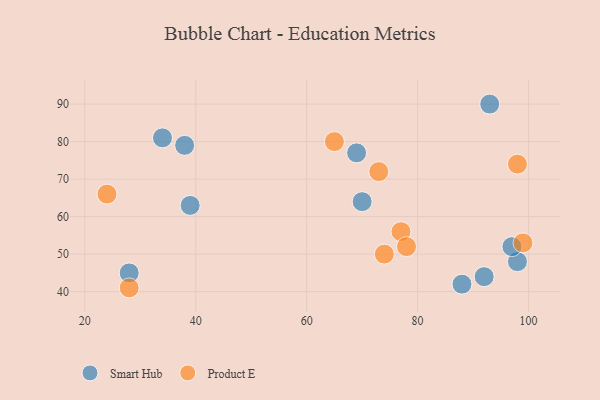
{"axis": {"x": "GDP", "y": "Life Expectancy"}, "legend": ["Product E", "Smart Hub"], "data": [{"x": "34", "y": 81, "type": "Smart Hub"}, {"x": "98", "y": 48, "type": "Smart Hub"}, {"x": "88", "y": 42, "type": "Smart Hub"}, {"x": "93", "y": 90, "type": "Smart Hub"}, {"x": "28", "y": 45, "type": "Smart Hub"}, {"x": "70", "y": 64, "type": "Smart Hub"}, {"x": "38", "y": 79, "type": "Smart Hub"}, {"x": "39", "y": 63, "type": "Smart Hub"}, {"x": "97", "y": 52, "type": "Smart Hub"}, {"x": "92", "y": 44, "type": "Smart Hub"}, {"x": "69", "y": 77, "type": "Smart Hub"}, {"x": "24", "y": 66, "type": "Product E"}, {"x": "73", "y": 72, "type": "Product E"}, {"x": "28", "y": 41, "type": "Product E"}, {"x": "98", "y": 74, "type": "Product E"}, {"x": "99", "y": 53, "type": "Product E"}, {"x": "77", "y": 56, "type": "Product E"}, {"x": "74", "y": 50, "type": "Product E"}, {"x": "78", "y": 52, "type": "Product E"}, {"x": "65", "y": 80, "type": "Product E"}]}